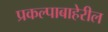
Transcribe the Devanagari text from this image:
प्रकल्पाबाहेरील